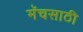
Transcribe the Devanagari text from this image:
मॅचसाठी